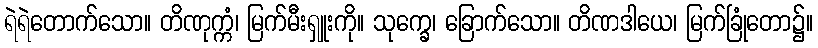
ရဲရဲတောက်သော။ တိဏုက္ကံ၊ မြက်မီးရှူးကို။ သုက္ခေ၊ ခြောက်သော။ တိဏဒါယေ၊ မြက်ခြုံတော၌။